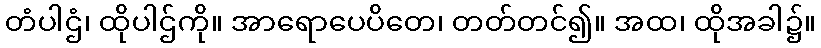
တံပါဌံ၊ ထိုပါဌ်ကို။ အာရောပေပိတေ၊ တတ်တင်၍။ အထ၊ ထိုအခါ၌။